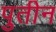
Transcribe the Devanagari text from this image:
पुतीन